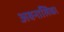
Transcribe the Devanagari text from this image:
अवनालिका